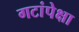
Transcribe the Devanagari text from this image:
गटांपेक्षा